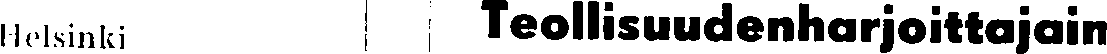
Helsinki Teollisuudenharjoittajain